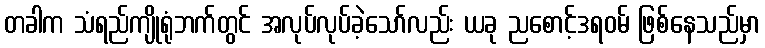
တခါက သံရည်ကျိုရုံဘက်တွင် အလုပ်လုပ်ခဲ့သော်လည်း ယခု ညစောင့်ဒရဝမ် ဖြစ်နေသည်မှာ